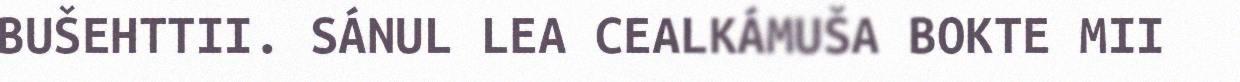
BUŠEHTTII. SÁNUL LEA CEALKÁMUŠA BOKTE MII